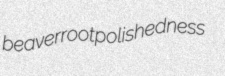
beaverroot polishedness